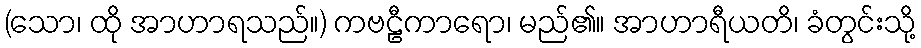
(သော၊ ထို အာဟာရသည်။) ကဗဠီကာရော၊ မည်၏။ အာဟာရီယတိ၊ ခံတွင်းသို့